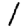
Digit: 1